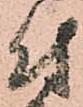
付